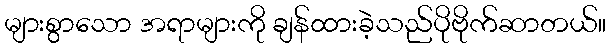
များစွာသော အရာများကို ချန်ထားခဲ့သည်ပိုဗိုက်ဆာတယ်။